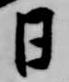
日